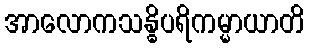
အာလောကသန္ဓိပရိကမ္မာယာတိ